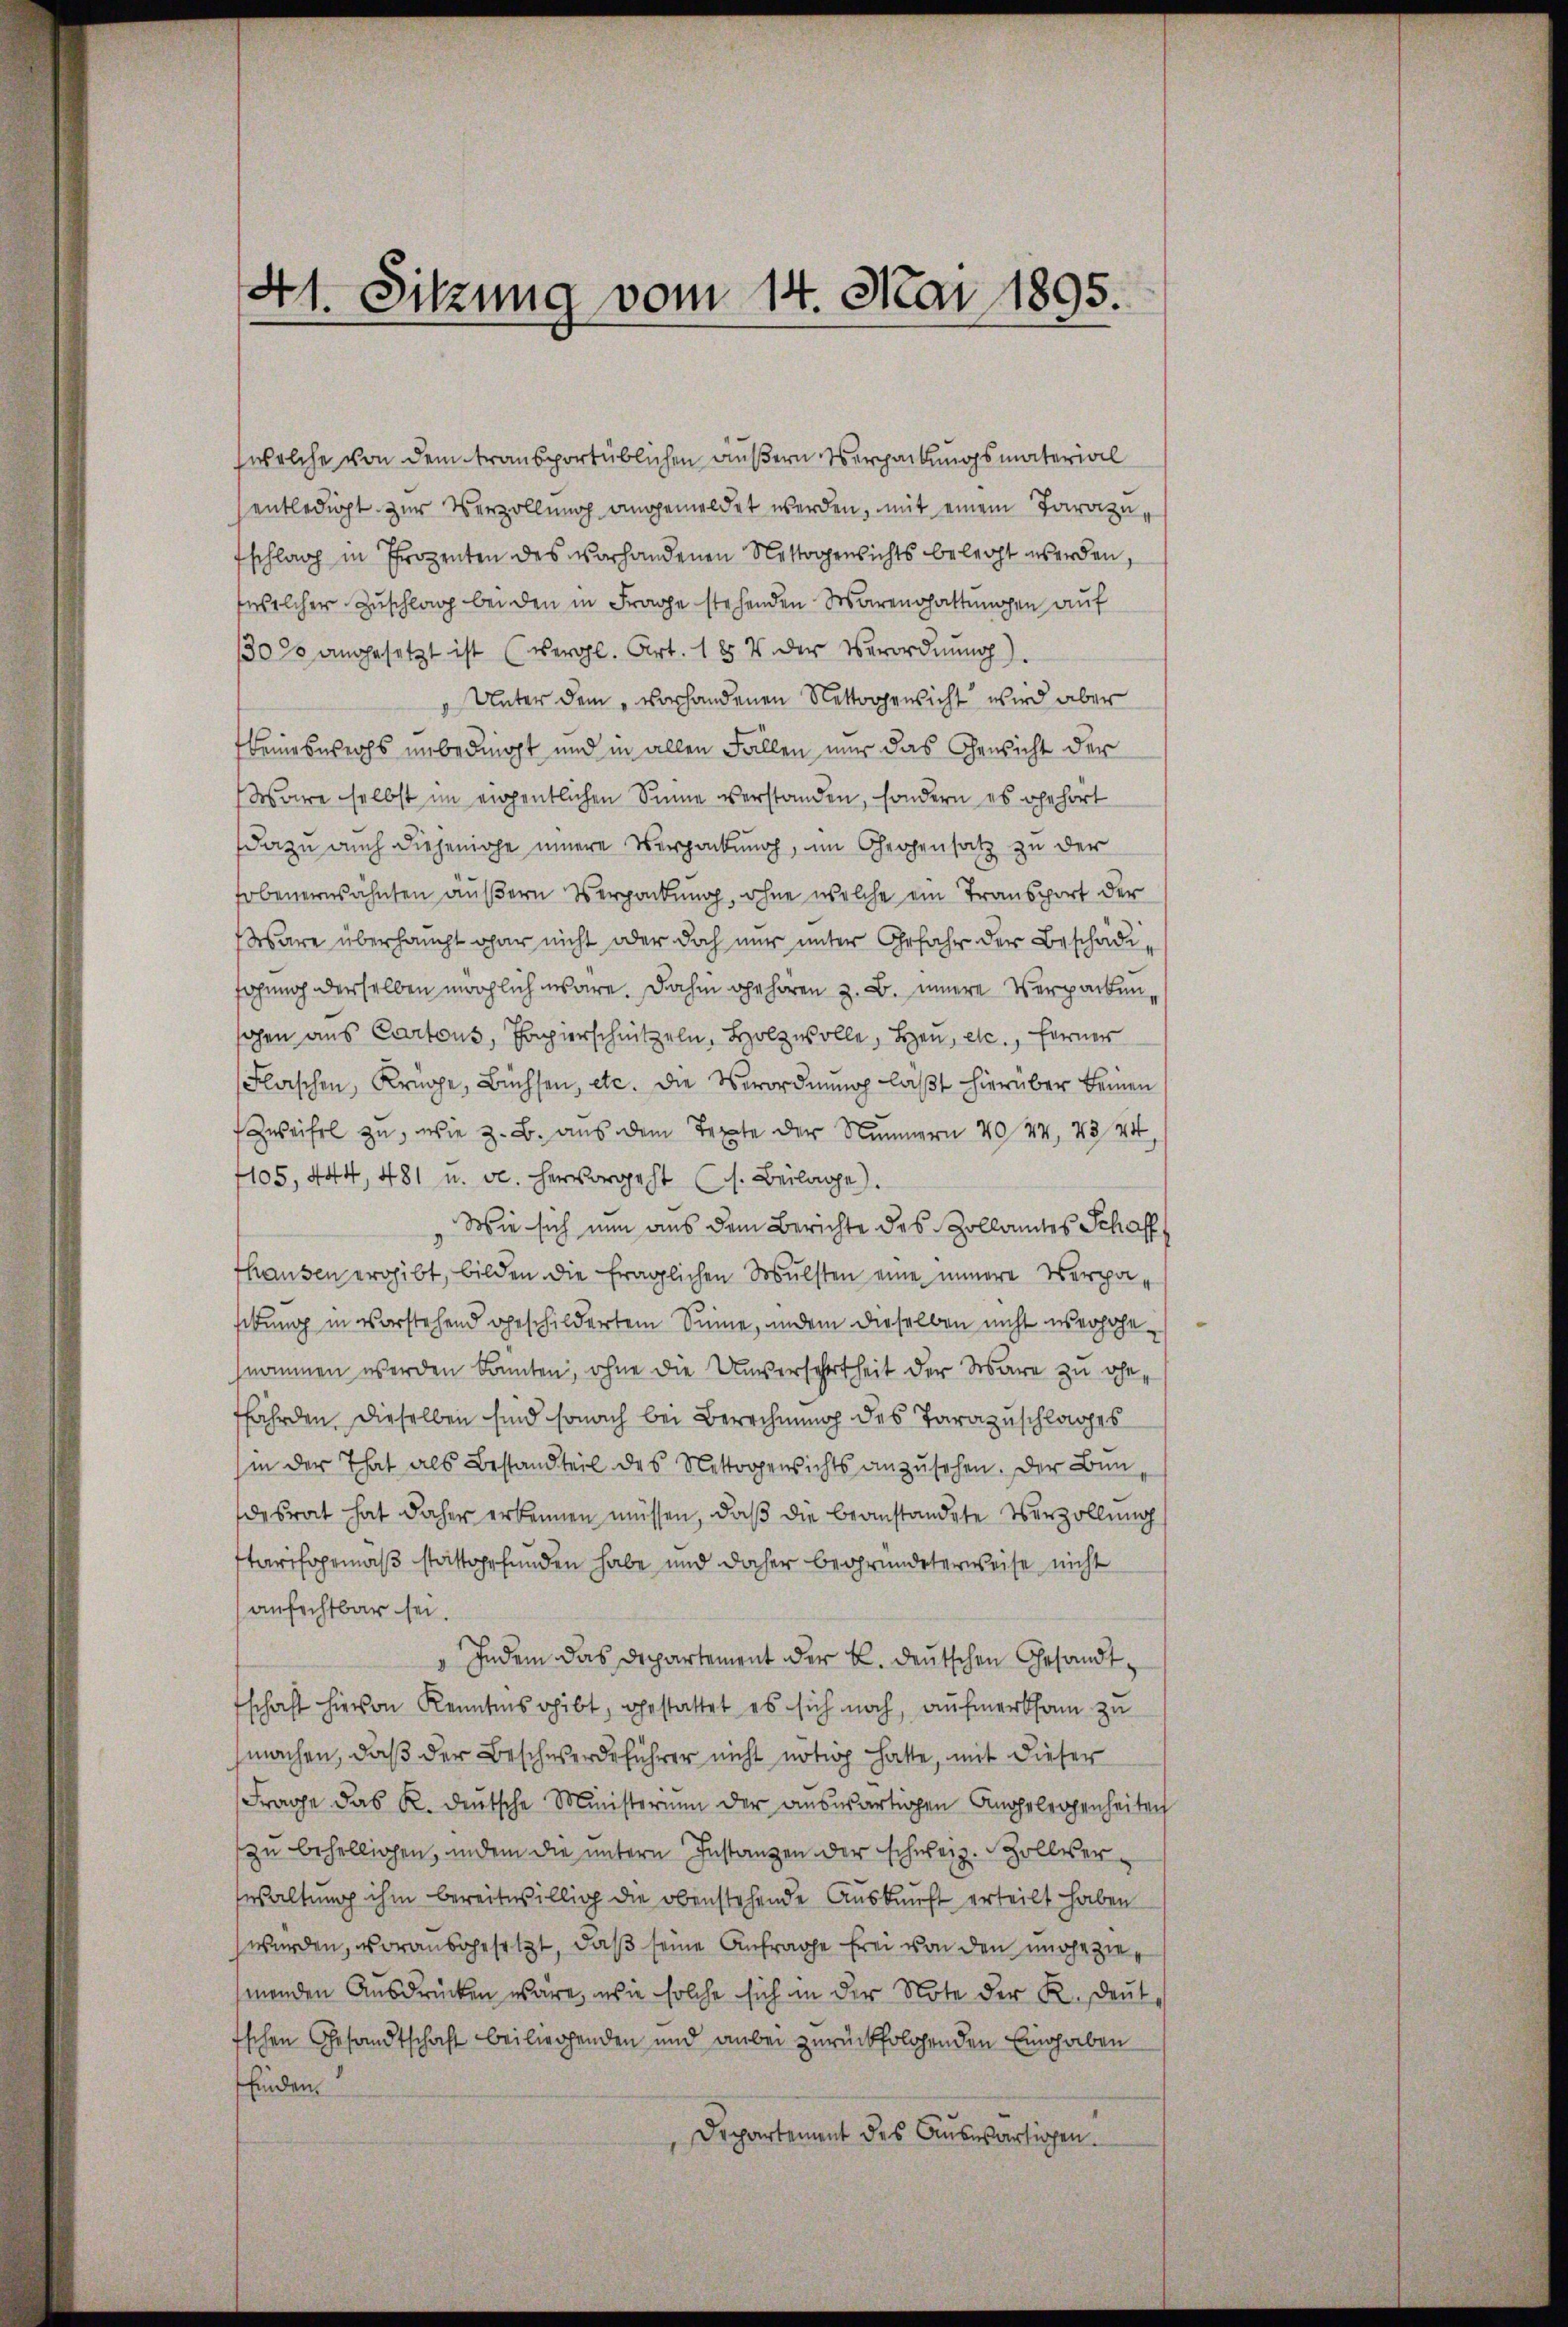
41. Sitzung vom 14. Mai 1895.

(welche von dem transportüblichen äußern Verpackungsmaterial
entledigt zur Verzöllung angemeldet werden, mit einem Jarazu
fschlag in Prozenten des vorhandenen Nettogenlichts belegt werden,
welcher Zuschlag bei den in Frage stehenden Warengattungen auf
30% angesetzt ist (vergl. Art. 184 der Verordnung).
" Unter dem vorhandenen Nettoggenlicht wird aber
fleineswechs unbedingt und in allen Fällen nur das Genicht der
Wäre selbst im eigentlichen Sinne verstanden, sondern es gehört
dazu auch diejenige innere Verpackung, im Gegensatz zu der
obenerwähnten äußern Verpackung, ohne welche ein Transport der
Wäre überhaupt gar nicht oder doch nur unter Gefahr der Beschädifahung derselben möglich wäre. Dahin gehören z. B. innere Verpacken,
ahen aus Cartons, Papierschnitzeln, Holz wolle, Heu, etc., ferner
Flaschen, Krüge, Büchsen, etc. Die Verordnung läßt hierüber keinen
Zweifel zu, wie z. B. aus dem Texte der Nummern 20 44, 43 44,
1105, 444, 481 u. v. hervorgeht (s. Beilage).
Wie sich nun aus dem Berichte des Zollamtes Schaff
fhausen ergibt, bilden die fraglichen Soulsten eine innere Verpasebung in vorstehend geschildertem Sinne, andem dieselben nicht überhöhenommen werden konnten, ohne die Unversehrtheit der Wäre zu ohn
fährden. Dieselben sind sonach bei Berechnung des Tarazuschlages
(in der That als Bestandteil des Nettogensichts anzusehen. Der Bun
desrat hat daher erkennen müssen, daß die beanstandete Verzöllung
starifogemäß stattgefunden habe und daher begründeterweise nicht
anfechtbar sei.
 Indem das Departement der k. deutschen Gesandt
schaft hievon Kenntnis gibt, gestattet es sich noch, aufmerksam zu
machen, daß der Beschwerdeführer nicht nötig hatte, mit dieser
Frage das R. deutsche Ministerium der auswärtigen Angelegenheiten
zu behelligen, indem die untern Instanzen der schweiz. Zollver-
ewaltung ihm bereitwillig die obenstehende Auskunft erteilt haben
wurden, vorausgesetzt, daß seine Anfrage frei von den umgeziemenden Ausdrücken wäre, wie solche sich in der Note der K. Deut
tschen Gesandtschaft beiliegenden und anbei zurückfolgenden Eingaben
finden
Departement des Auswärtigen.